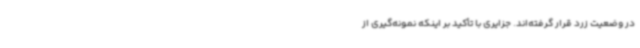
در وضعیت زرد قرار گرفته‌اند. جزایری با تأکید بر اینکه نمونه‌گیری از